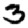
Digit: 3